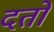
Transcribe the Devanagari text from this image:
दतो